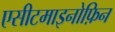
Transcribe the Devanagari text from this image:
एसीटमाइनोफ़िन